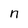
Character: n